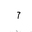
Letter: _alif